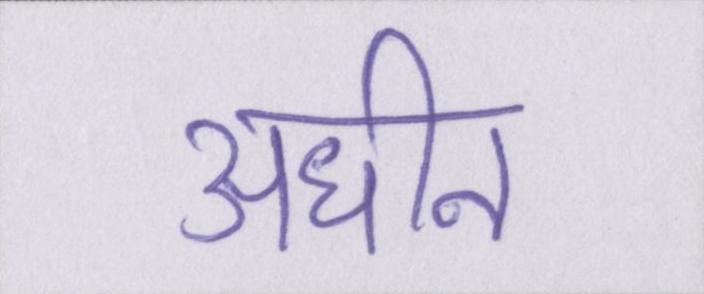
अधीन